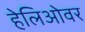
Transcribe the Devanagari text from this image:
हेलिओवर